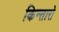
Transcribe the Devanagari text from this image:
किन्तारो